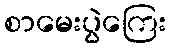
စာမေးပွဲကြေး